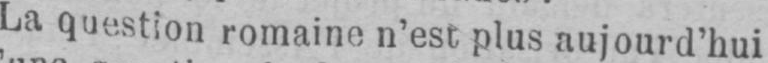
La question romaine n’est plus aujourd’hui